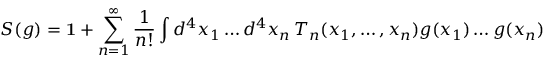
S ( g ) = \mathbf { 1 } + \sum _ { n = 1 } ^ { \infty } \frac { 1 } { n ! } \int d ^ { 4 } x _ { 1 } \ldots d ^ { 4 } x _ { n } \, T _ { n } ( x _ { 1 } , \ldots , x _ { n } ) g ( x _ { 1 } ) \ldots g ( x _ { n } )